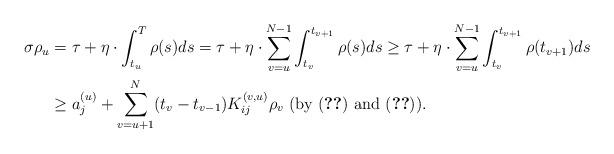
LaTeX: \begin{align*}\sigma\rho_{u} & =\tau +\eta\cdot\int_{t_{u}}^{T}\rho (s)ds=\tau +\eta\cdot\sum_{v=u}^{N-1}\int_{t_{v}}^{t_{v+1}}\rho (s)ds\geq\tau +\eta\cdot\sum_{v=u}^{N-1}\int_{t_{v}}^{t_{v+1}}\rho (t_{v+1})ds\\& \geq a_{j}^{(u)}+\sum_{v=u+1}^{N}(t_{v}-t_{v-1})K_{ij}^{(v,u)}\rho_{v}\mbox{ (by (\ref{extclpeq213}) and (\ref{extclp214}))}.\end{align*}